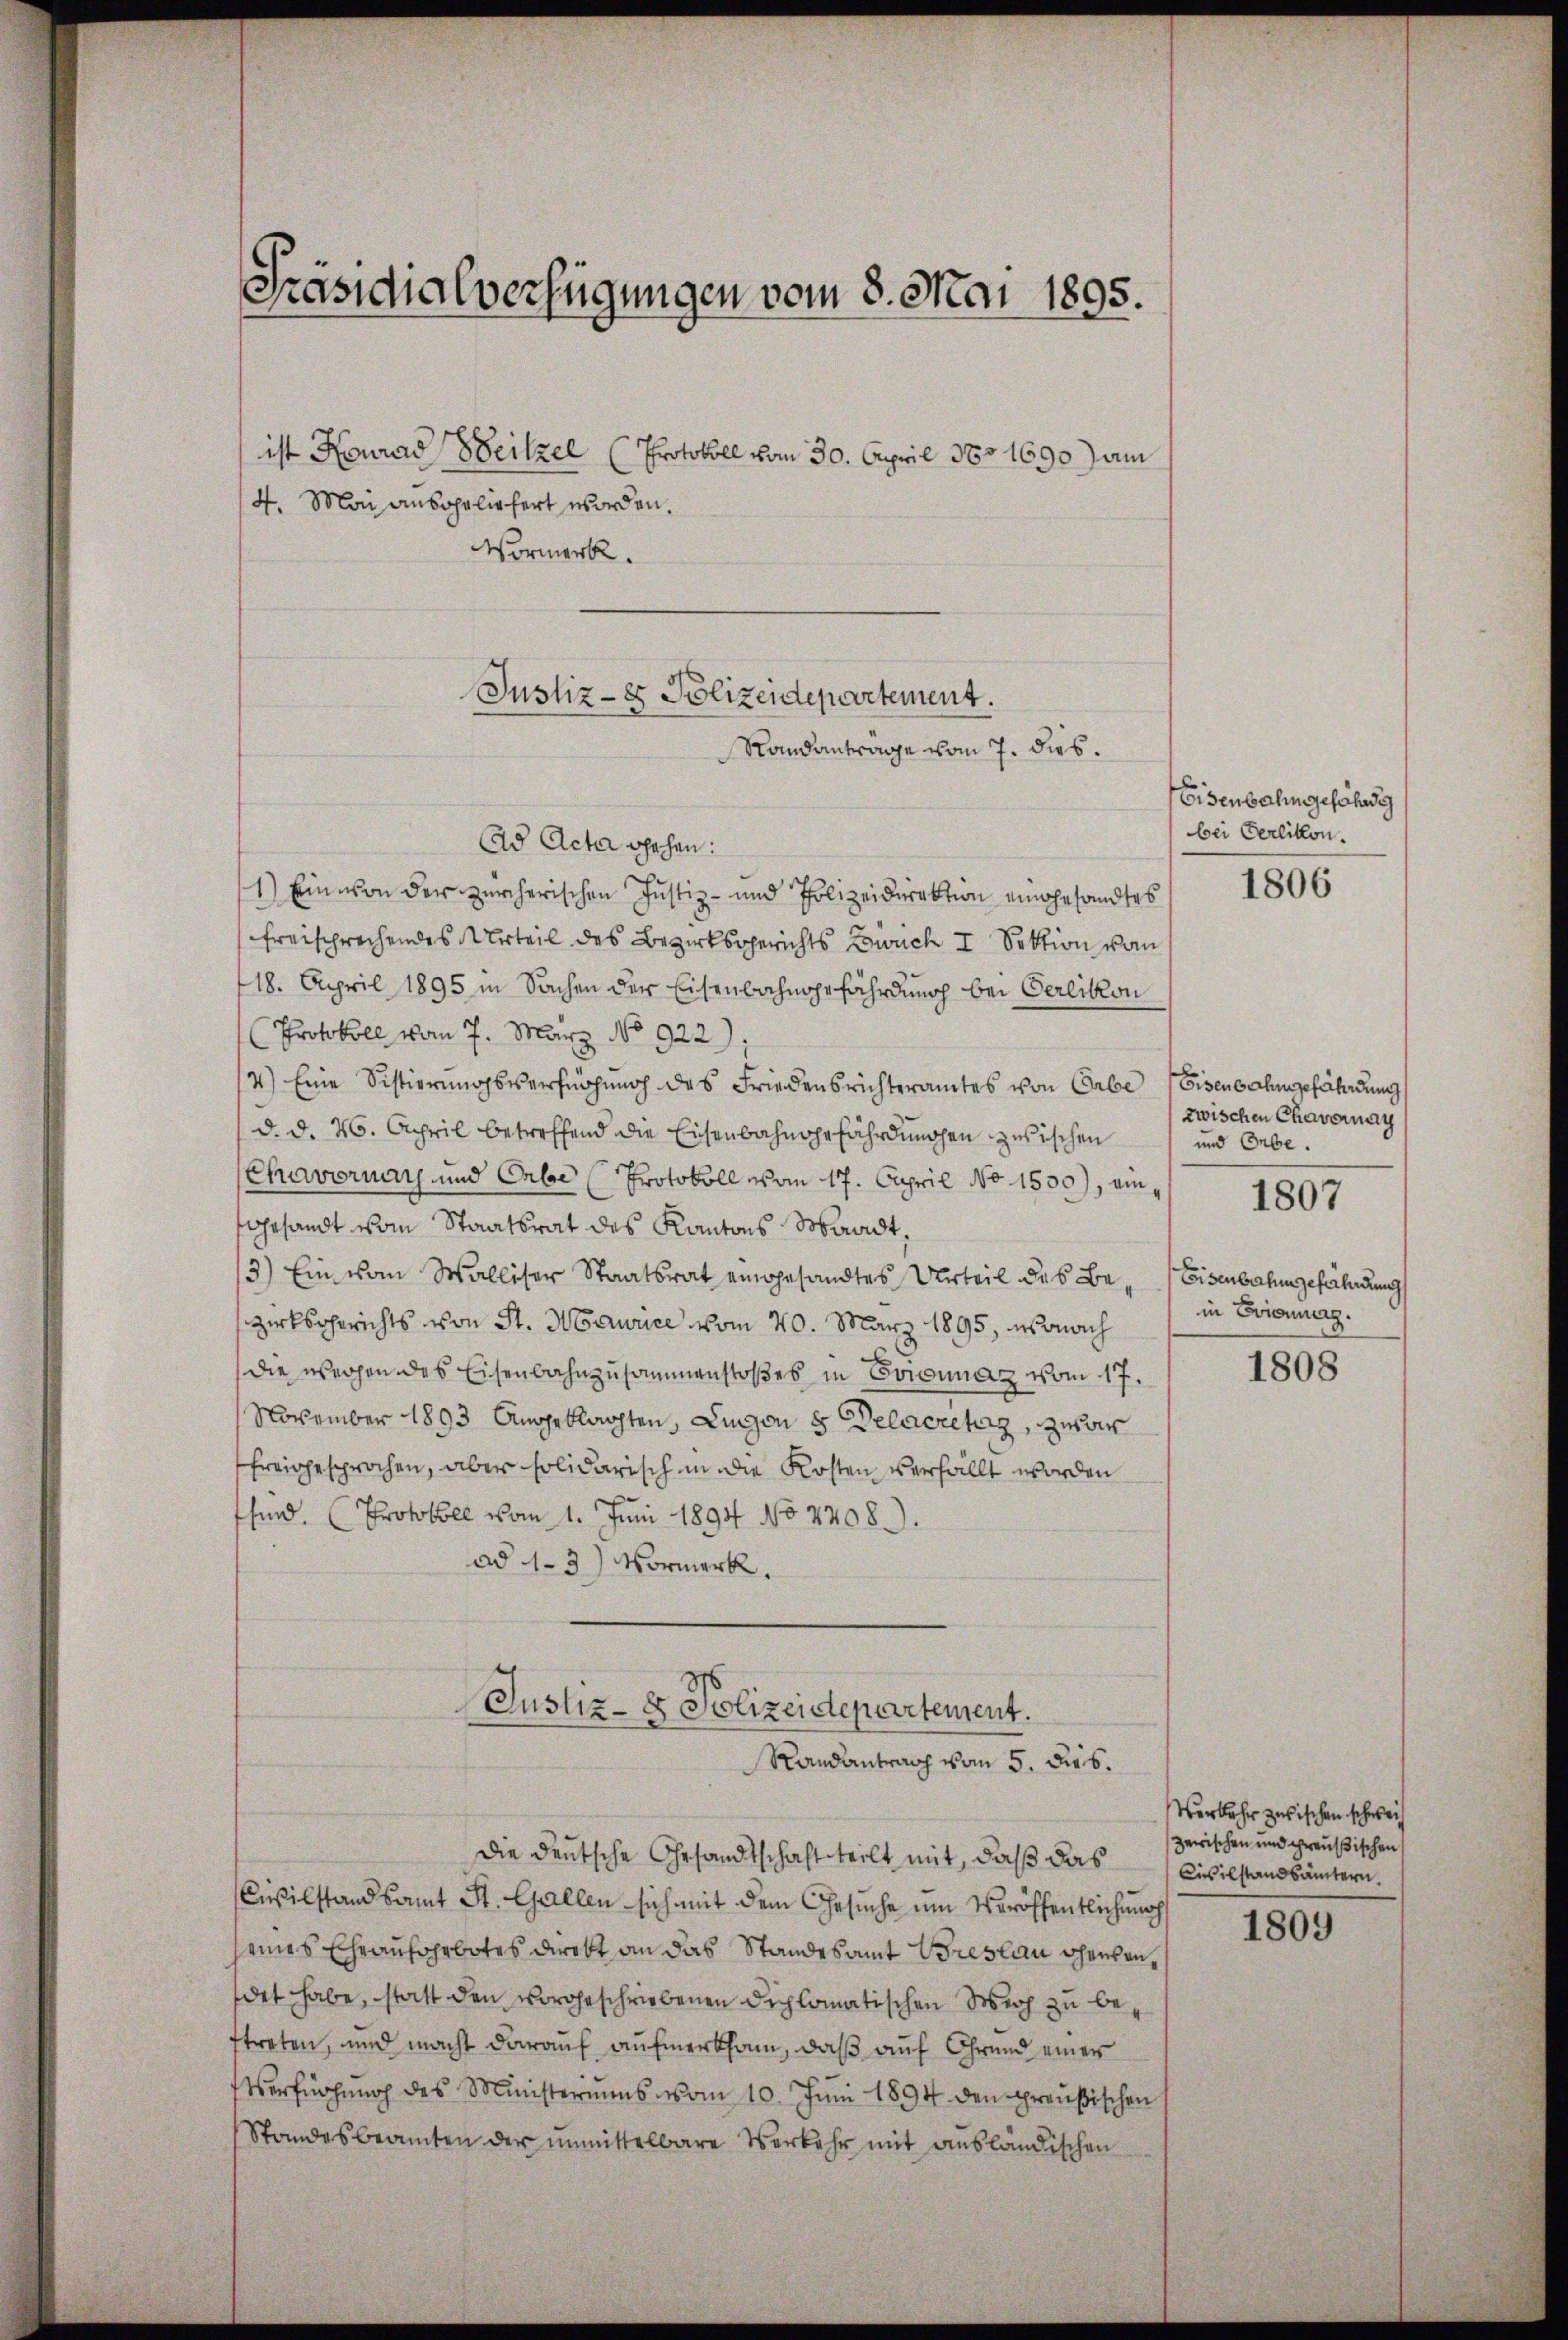
Präsidialverfügungen vom 8. Mai 1895.

ist Konrad Weitzel (Protokoll vom 30. April 1851690) am
4. Mai ausgeliefert worden.
Vormerk.

Justiz - es Polizeidepartement.
Randanträge vom 7. dies.

Ad Acta gehen:
1) Ein von der zürcherischen Justiz- und Polizeidirektion eingesandtes
freischrechendes Urteil des Bezirksgerichts wuch I Sektion vom
118. April 1895 in Sachen der Eisenbahngefährdung bei Oerlikon
Protokoll vom 7. März No 922),
4) Eine Sistierungsverfügung des Friedensrichteramtes von Erbe (Eisenbahngefährdung
d. d. 26. April betreffend die Eisenbahngefährdungen zwischen
Chavoruar und Erbe (Protokoll vom 17. Capril No 1530), ein
Gesandt vom Staatsrat des Kantons Waadt,
3) Ein vom Walliser Staatsrat eingesandtes Urteil des Be-Eisenbahngefährdung
zirksgerichts von St. Maurice vom 20. März 1895, wonach
die wegen des Eisenbahnzusammenstoßes in Comunaz vom 17.
November 1893 Angeklagten, Lungen 8. Delacretag, zwar
freigesprochen, aber solidarisch in die Kosten verfällt worden
fsind. (Protokoll vom 1. Juni 1894 No 7708).
ad 13) Vormerk.
Justiz- & Polizeidepartement.
Randantrag vom 5. Dies
die deutsche Gesandtschaft teilt mit, daß das Civilstandsämtern.
Civilstandsamt St. Gallen sich mit dem Gesuche um Veröffentlichung
seines Ehraufarbotes direkt an das Standesamt Breslau dherrendet habe, statt den vorgeschriebenen Diplomatischen Wich zu beftreten, und macht darauf aufmerksam, daß auf Grund einer
Verfügung des Ministeriums vom 10. Juni 1894 den preußischen
Standesbeamten der unmittelbare Verkehr mit ausländischen

Eisenbahn geföhnig
bei Oerlikon.

1806

zwischen Chavernay
und Orbe.
in Eviang.
1808

1807

Verkehr zwischen schweiz
zerischen und preußischen

1809